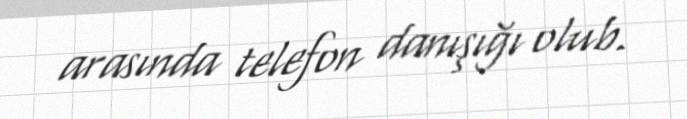
arasında telefon danışığı olub.